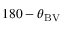
1 8 0 - \theta _ { \mathrm { B V } }